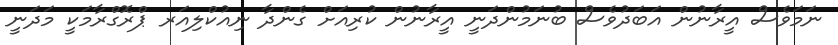
ނަމަވެސް އީރާނުން އަބަދުވެސް ބުނަމުންދަނީ އީރާނުން ކުރިއަށް ގެންދާ ނިއުކްލިއަރ ޕްރޮގްރާމަކީ މަދަނީ